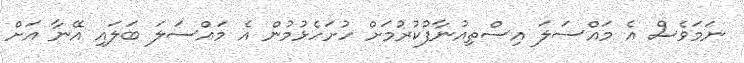
ނަމަވެސް އެ މައްސަލަ އިސްތިއުނާފުކުރުމަށް ހުށަހެޅުމުން އެ މައްސަލަ ބަލައި އޭނާ އަށް